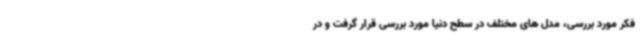
فکر مورد بررسی، مدل های مختلف در سطح دنیا مورد بررسی قرار گرفت و در